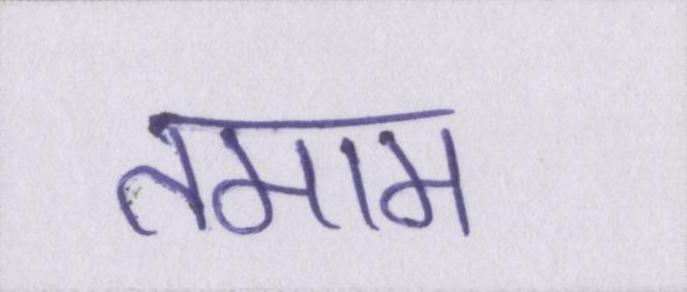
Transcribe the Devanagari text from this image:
तमाम